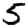
Digit: 5